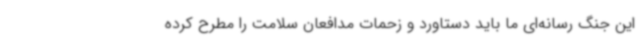
این جنگ رسانه‌ای ما باید دستاورد و زحمات مدافعان سلامت را مطرح کرده